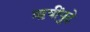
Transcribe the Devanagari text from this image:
ऋषींपुढे